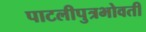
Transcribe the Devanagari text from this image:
पाटलीपुत्रभोवती